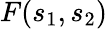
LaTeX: F(s_{1},s_{2})